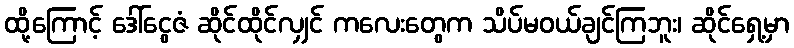
ထို့ကြောင့် ဒေါ်ငွေဇံ ဆိုင်ထိုင်လျှင် ကလေးတွေက သိပ်မဝယ်ချင်ကြဘူး၊ ဆိုင်ရှေ့မှာ